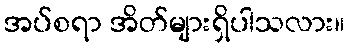
အပ်စရာ အိတ်များရှိပါသလား။